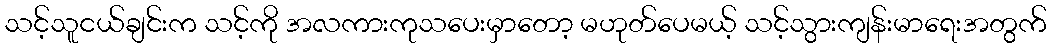
သင့်သူငယ်ချင်းက သင့်ကို အလကားကုသပေးမှာတော့ မဟုတ်ပေမယ့် သင့်သွားကျန်းမာရေးအတွက်